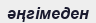
әңгімеден